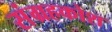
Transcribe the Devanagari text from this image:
संग्रहकोश